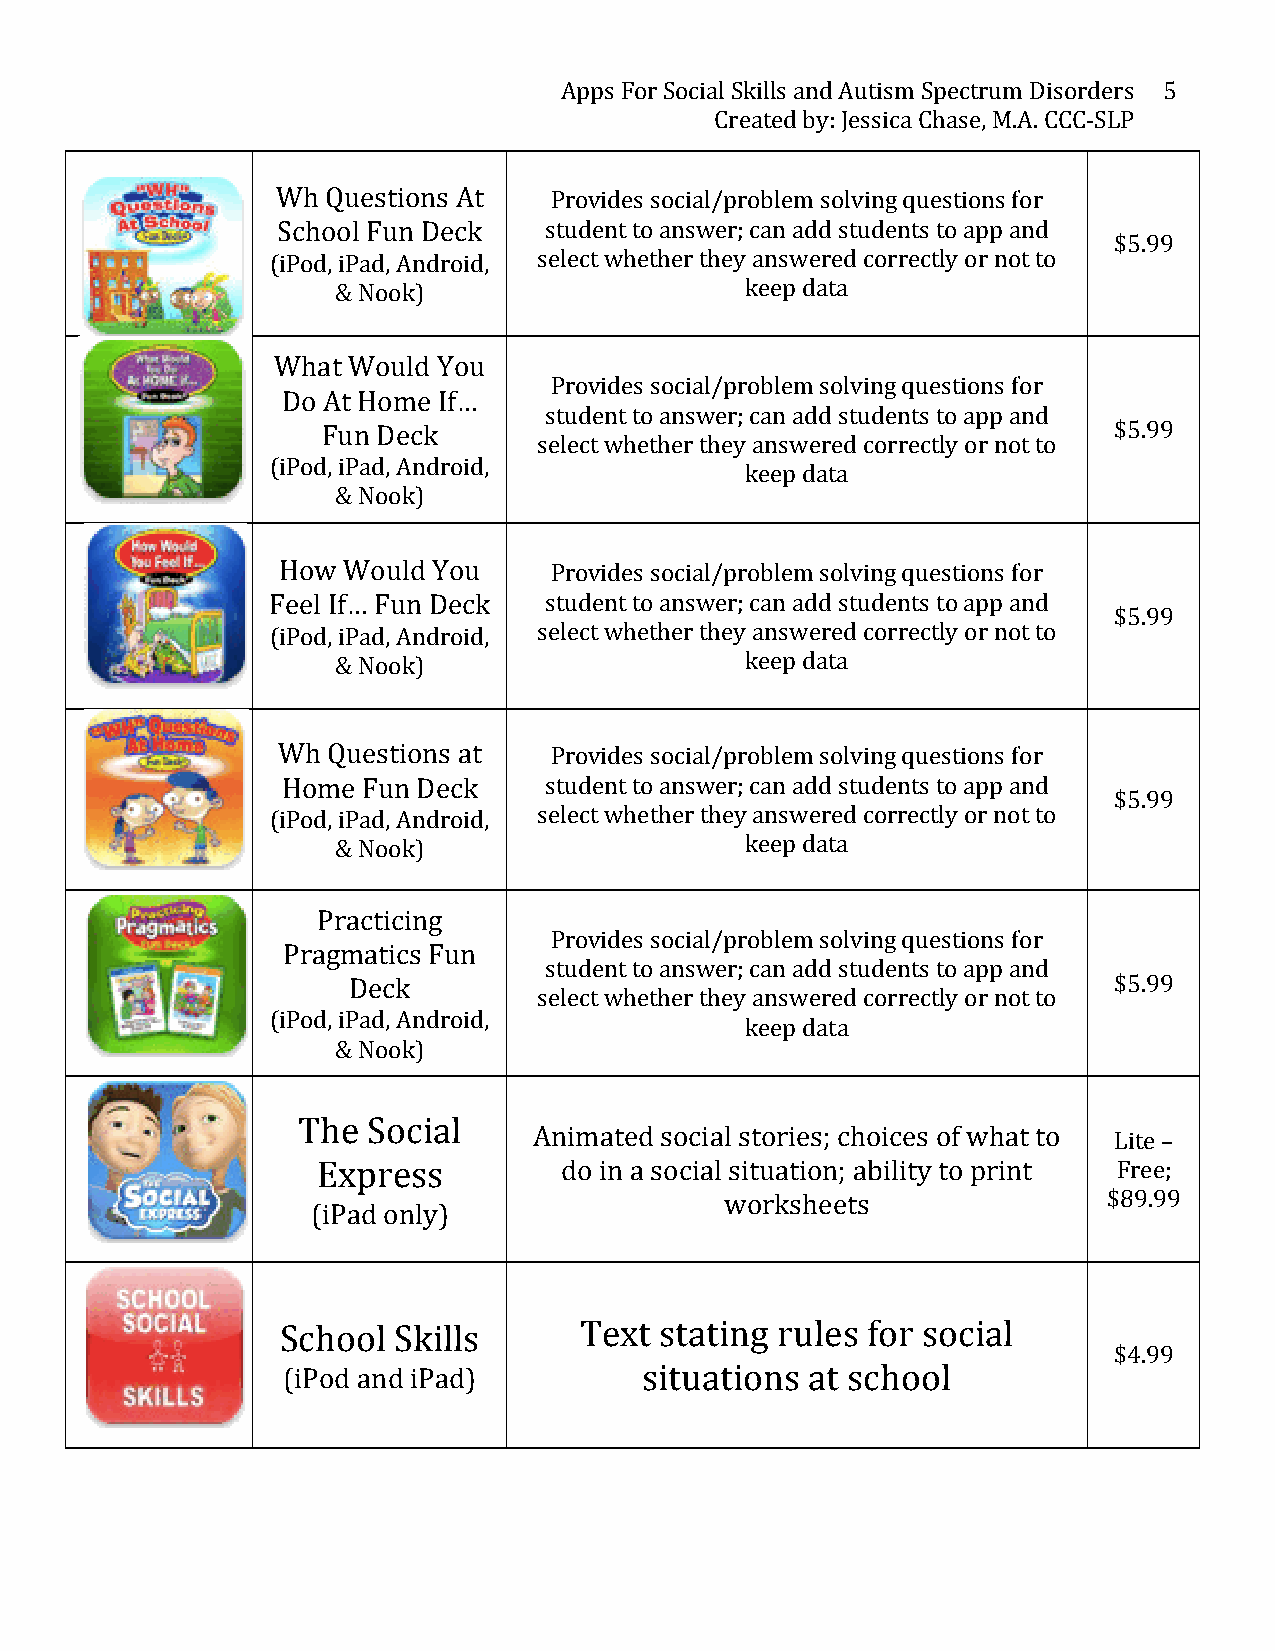
Apps For Social Skills and Autism Spectrum Disorders 5
 Created by: Jessica Chase, M.A. CCC-­‐SLP
 Wh  Questions At  Provides social/problem solving questions for
 School Fun Deck   student to answer; can add students to app and
 $5.99
 (iPod, iPad, Android, select whether they answered correctly or not to
 & Nook)                    keep data
 What Would You
 Provides social/problem solving questions for
 Do At Home If…
 student to answer; can add students to app and
 Fun Deck                                             $5.99
 select whether they answered correctly or not to
 (iPod, iPad, Android,
 keep data
 & Nook)
 How  Would You    Provides social/problem solving questions for
 Feel If… Fun Deck student to answer; can add students to app and
 $5.99
 (iPod, iPad, Android, select whether they answered correctly or not to
 & Nook)                    keep data
 Wh  Questions at  Provides social/problem solving questions for
 Home Fun Deck    student to answer; can add students to app and
 $5.99
 (iPod, iPad, Android, select whether they answered correctly or not to
 & Nook)                    keep data
 Practicing
 Provides social/problem solving questions for
 Pragmatics Fun
 student to answer; can add students to app and
 Deck                                               $5.99
 select whether they answered correctly or not to
 (iPod, iPad, Android,
 keep data
 & Nook)
 The Social
 Animated social stories; choices of what to Lite –
 Express         do in a social situation; ability to print Free;
 worksheets               $89.99
 (iPad only)
 School Skills      Text  stating rules for social
 $4.99
 (iPod and iPad)         situations at school